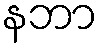
နဘာ